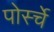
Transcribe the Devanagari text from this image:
पोर्स्चे